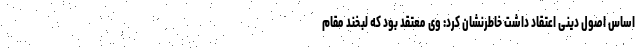
اساس اصول دینی اعتقاد داشت خاطرنشان کرد: وی معتقد بود که لبخند مقام